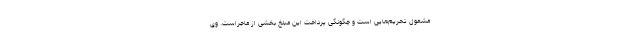
مشمول تحریم‌هایی است و چگونگی پرداخت این مبلغ بخشی از ماجراست. وی